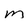
Character: m